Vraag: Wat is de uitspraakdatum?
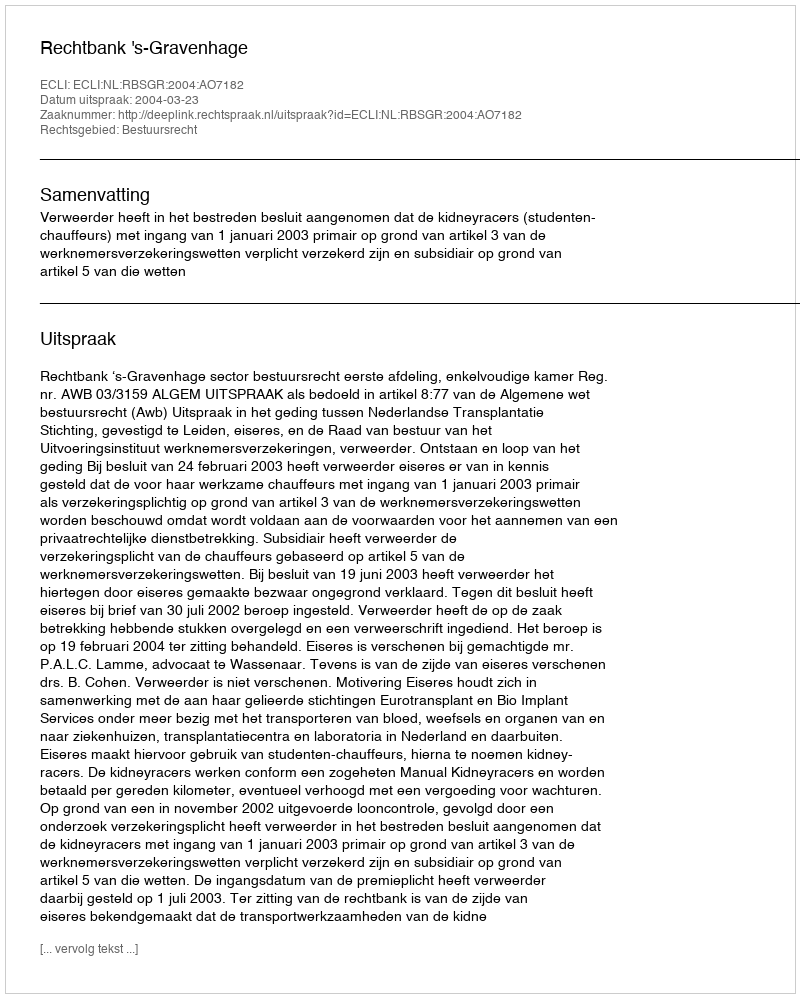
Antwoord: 2004-03-23